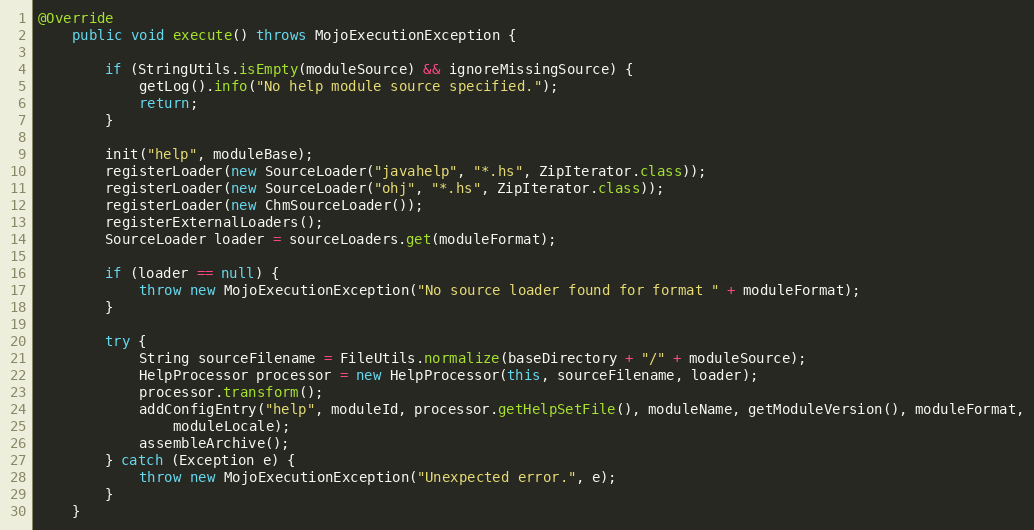
Language: Java
@Override
    public void execute() throws MojoExecutionException {

        if (StringUtils.isEmpty(moduleSource) && ignoreMissingSource) {
            getLog().info("No help module source specified.");
            return;
        }

        init("help", moduleBase);
        registerLoader(new SourceLoader("javahelp", "*.hs", ZipIterator.class));
        registerLoader(new SourceLoader("ohj", "*.hs", ZipIterator.class));
        registerLoader(new ChmSourceLoader());
        registerExternalLoaders();
        SourceLoader loader = sourceLoaders.get(moduleFormat);

        if (loader == null) {
            throw new MojoExecutionException("No source loader found for format " + moduleFormat);
        }

        try {
            String sourceFilename = FileUtils.normalize(baseDirectory + "/" + moduleSource);
            HelpProcessor processor = new HelpProcessor(this, sourceFilename, loader);
            processor.transform();
            addConfigEntry("help", moduleId, processor.getHelpSetFile(), moduleName, getModuleVersion(), moduleFormat,
                moduleLocale);
            assembleArchive();
        } catch (Exception e) {
            throw new MojoExecutionException("Unexpected error.", e);
        }
    }